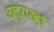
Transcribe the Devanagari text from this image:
उलुगख़ाँ